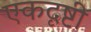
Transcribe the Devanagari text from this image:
एकदृष्टी